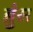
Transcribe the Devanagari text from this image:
ब्रुंस